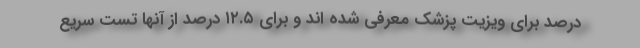
درصد برای ویزیت پزشک معرفی شده اند و برای ۱۲.۵ درصد از آنها تست سریع